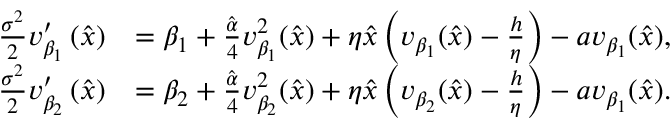
\begin{array} { r l } { \frac { \sigma ^ { 2 } } { 2 } v _ { \beta _ { 1 } } ^ { \prime } \left( \hat { x } \right) } & { = \beta _ { 1 } + \frac { \hat { \alpha } } { 4 } v _ { \beta _ { 1 } } ^ { 2 } ( \hat { x } ) + \eta \hat { x } \left( v _ { \beta _ { 1 } } ( \hat { x } ) - \frac { h } { \eta } \right) - a v _ { \beta _ { 1 } } ( \hat { x } ) , } \\ { \frac { \sigma ^ { 2 } } { 2 } v _ { \beta _ { 2 } } ^ { \prime } \left( \hat { x } \right) } & { = \beta _ { 2 } + \frac { \hat { \alpha } } { 4 } v _ { \beta _ { 2 } } ^ { 2 } ( \hat { x } ) + \eta \hat { x } \left( v _ { \beta _ { 2 } } ( \hat { x } ) - \frac { h } { \eta } \right) - a v _ { \beta _ { 1 } } ( \hat { x } ) . } \end{array}